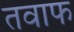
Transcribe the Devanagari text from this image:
तवाफ